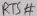
Text: DTP#